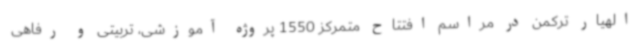
الهیار ترکمن در مراسم افتتاح متمرکز 1550 پروژه آموزشی، تربیتی و رفاهی